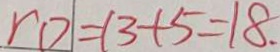
r 0 = 1 3 + 5 = 1 8 .